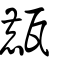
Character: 㼾